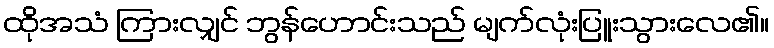
ထိုအသံ ကြားလျှင် ဘွန်ဟောင်းသည် မျက်လုံးပြူးသွားလေ၏။